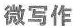
微写作